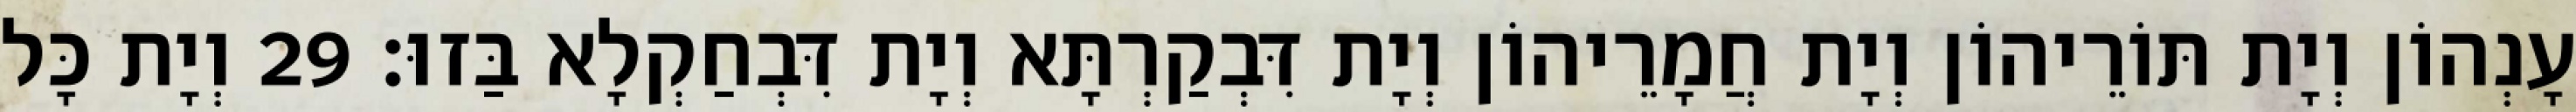
עָנְהוֹן וְיָת תּוֹרֵיהוֹן וְיָת חֲמָרֵיהוֹן וְיָת דִּבְקַרְתָּא וְיָת דִּבְחַקְלָא בַּזוּ׃ 29 וְיָת כָּל